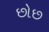
છોછ